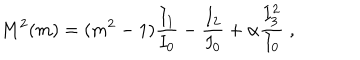
LaTeX: M ^ { 2 } ( m ) = ( m ^ { 2 } - 1 ) \frac { I _ { 1 } } { I _ { 0 } } - \frac { I _ { 2 } } { I _ { 0 } } + \alpha \frac { I _ { 3 } ^ { 2 } } { I _ { 0 } } \; ,